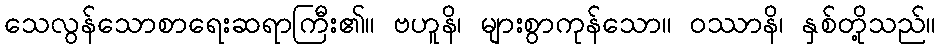
သေလွန်သောစာရေးဆရာကြီး၏။ ဗဟူနိ၊ များစွာကုန်သော။ ဝဿာနိ၊ နှစ်တို့သည်။